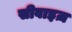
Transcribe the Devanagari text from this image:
सीवाइज़